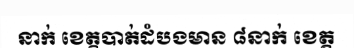
នាក់ ខេត្តបាត់ដំបងមាន ៨នាក់ ខេត្ត